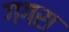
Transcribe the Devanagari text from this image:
गगरा